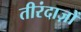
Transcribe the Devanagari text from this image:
तीरंदाज़ों